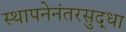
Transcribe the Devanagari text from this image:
स्थापनेनंतरसुद्धा